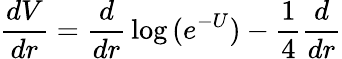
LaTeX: {\frac{dV}{dr}}={\frac{d}{dr}}\log{(e^{-U})}-{\frac{1}{4}}{\frac{d}{dr}}